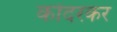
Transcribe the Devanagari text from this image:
कोदरकर